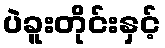
ပဲခူးတိုင်းနှင့်